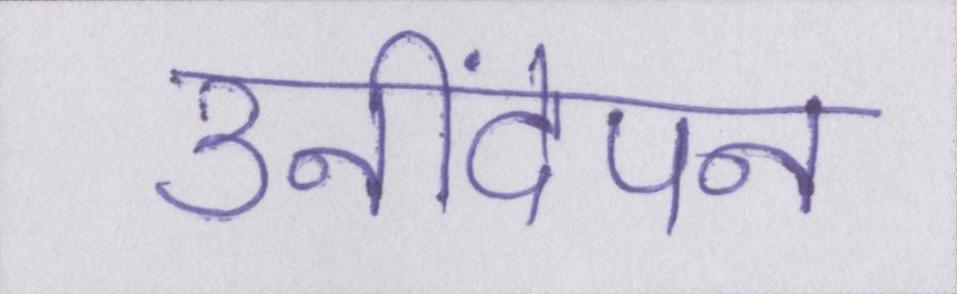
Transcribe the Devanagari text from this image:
उनींदेपन